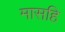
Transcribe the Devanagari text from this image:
मासहि